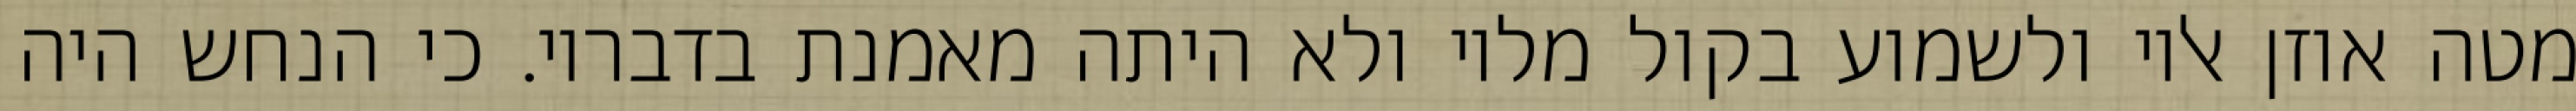
מטה אוזן אליו ולשמוע בקול מליו ולא היתה מאמנת בדבריו. כי הנחש היה